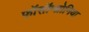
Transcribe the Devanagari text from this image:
फॉसॉम्ब्रोनिया